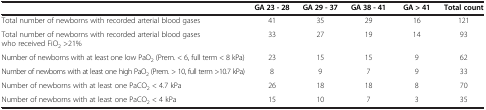
<table><thead><tr><td><b> </b></td><td><b>GA 23 - 28</b></td><td><b>GA 29 - 37</b></td><td><b>GA 38 - 41</b></td><td><b>GA &gt; 41</b></td><td><b>Total count</b></td></tr></thead><tbody><tr><td>Total number of newborns with recorded arterial blood gases</td><td>41</td><td>35</td><td>29</td><td>16</td><td>121</td></tr><tr><td>Total number of newborns with recorded arterial blood gases who received FiO<sub>2</sub> &gt;21%</td><td>33</td><td>27</td><td>19</td><td>14</td><td>93</td></tr><tr><td>Number of newborns with at least one low PaO<sub>2</sub> (Prem. &lt; 6, full term &lt; 8 kPa)</td><td>23</td><td>15</td><td>15</td><td>9</td><td>62</td></tr><tr><td>Number of newborns with at least one high PaO<sub>2</sub> (Prem. &gt; 10, full term &gt;10.7 kPa)</td><td>8</td><td>9</td><td>7</td><td>9</td><td>33</td></tr><tr><td>Number of newborns with at least one PaCO<sub>2</sub> &lt; 4.7 kPa</td><td>26</td><td>18</td><td>18</td><td>8</td><td>70</td></tr><tr><td>Number of newborns with at least one PaCO<sub>2</sub> &lt; 4 kPa</td><td>15</td><td>10</td><td>7</td><td>3</td><td>35</td></tr></tbody></table>